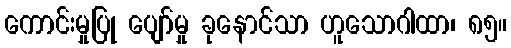
ကောင်းမှုပြု ပျော်မှု ခုနောင်သာ ဟူသောဂါထာ၊ ၈၅။